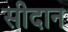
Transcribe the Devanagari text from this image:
सीदान